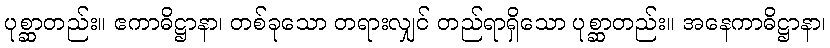
ပုစ္ဆာတည်း။ ဧကာဓိဋ္ဌာနာ၊ တစ်ခုသော တရားလျှင် တည်ရာရှိသော ပုစ္ဆာတည်း။ အနေကာဓိဋ္ဌာနာ၊